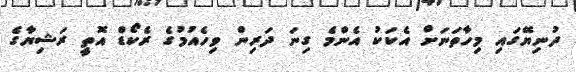
ދުނިޔޭގައި މިހާތަނަށް އެކަކު އެންމެ ގިނަ ދަރިން ވިހެއުމުގެ ރެކޯޑް އޮތީ ރަޝިޔާގެ